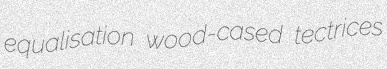
equalisation wood-cased tectrices